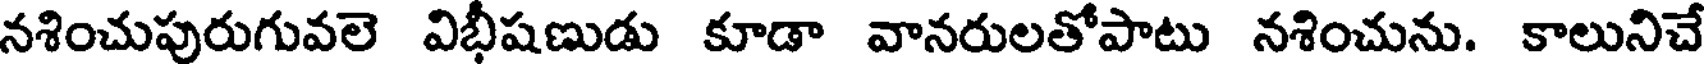
నశించుపురుగువలె విభీషణుడు కూడా వానరులతోపాటు నశించును. కాలునిచే